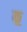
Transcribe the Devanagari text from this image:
क॒